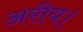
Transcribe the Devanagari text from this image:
अरीय।